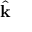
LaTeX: \hat { \mathbf { k } }